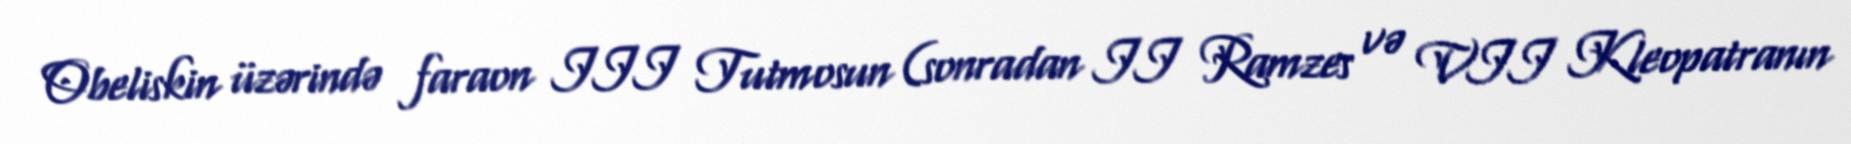
Obeliskin üzərində faraon III Tutmosun (sonradan II Ramzes və VII Kleopatranın